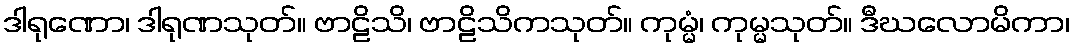
ဒါရုဏော၊ ဒါရုဏသုတ်။ ဗာဠိသိ၊ ဗာဠိသိကသုတ်။ ကုမ္မံ၊ ကုမ္မသုတ်။ ဒီဃလောမိကာ၊